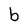
Character: b